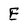
Character: E